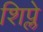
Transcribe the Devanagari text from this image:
शिप्ले